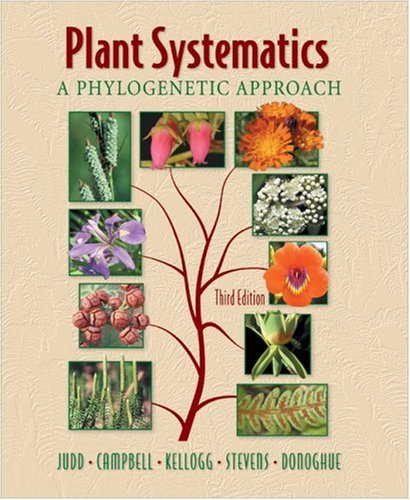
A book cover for Plant Systematics: A Phylogenetic Approach, Third Edition; Walter S. Judd; Science & Math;